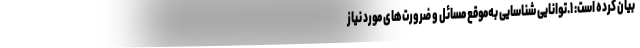
بیان کرده است: ۱.توانایی شناسایی به‌موقع مسائل و ضرورت‌های مورد نیاز